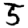
Digit: 5